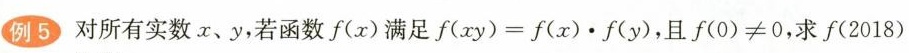
例5对所有实数x、y，若函数f(x)满足$$f ( x y )=f ( x ) · f ( y )$$，且$$f ( 0 ) ≠ 0$$，求f(2018)